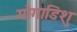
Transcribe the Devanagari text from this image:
मोगाडिशु